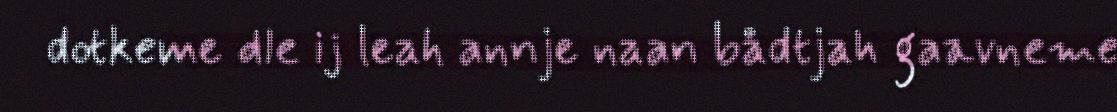
dotkeme dle ij leah annje naan bådtjah gaavneme